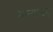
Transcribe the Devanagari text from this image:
मल्याळम्